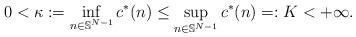
LaTeX: \begin{align*}0< \kappa := \inf_{n \in \mathbb{S}^{N-1}} c^* (n) \leq \sup_{n\in \mathbb{S}^{N-1}} c^* (n) =: K < +\infty.\end{align*}